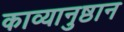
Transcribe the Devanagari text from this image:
काव्यानुष्ठान